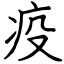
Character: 疫